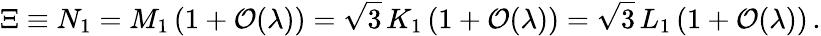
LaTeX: \Xi\equiv N_{1}=M_{1}\left(1+{\cal O}(\lambda)\right)=\sqrt{3}\, K_{1}\left(1+{\cal O}(\lambda)\right)=\sqrt{3}\, L_{1}\left(1+{\cal O}(\lambda)\right)\, .